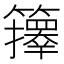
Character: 𥷐